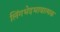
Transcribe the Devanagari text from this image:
लिंगभेदभावात्मक